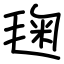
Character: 毱